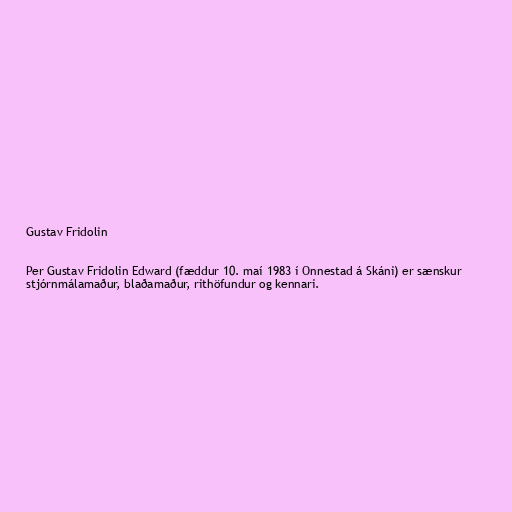
Gustav Fridolin

Per Gustav Fridolin Edward (fæddur 10. maí 1983 í Onnestad á Skáni) er sænskur
stjórnmálamaður, blaðamaður, rithöfundur og kennari.